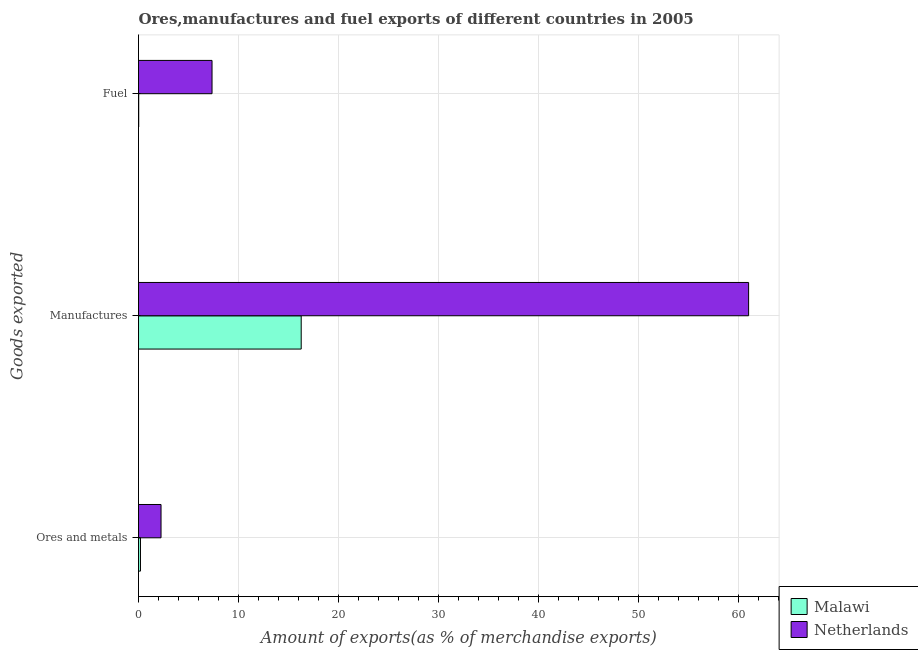
| Goods exported | Malawi | Netherlands |
 | --- | --- | --- |
 | Ores and metals | 0.196 | 2.25 |
 | Manufactures | 16.3 | 61 |
 | Fuel | 0.0205 | 7.35 |